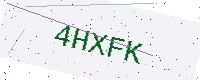
Text: 4HXFK